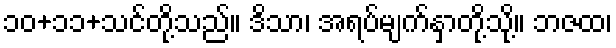
၁၀+၁၁+သင်တို့သည်။ ဒိသာ၊ အရပ်မျက်နှာတို့သို့။ ဘဇထ၊